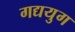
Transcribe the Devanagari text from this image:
गद्ययुग